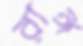
রাঙ্গ